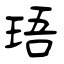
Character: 珸